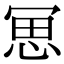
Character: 𠖓